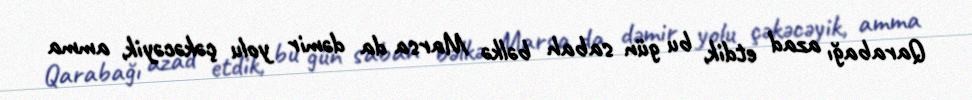
Qarabağı azad etdik, bu gün sabah bəlkə Marsa da dəmir yolu çəkəcəyik, amma